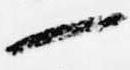
一